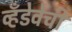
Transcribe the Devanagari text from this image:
व्हँडेवेची